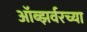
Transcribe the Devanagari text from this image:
ऑब्झर्वरच्या